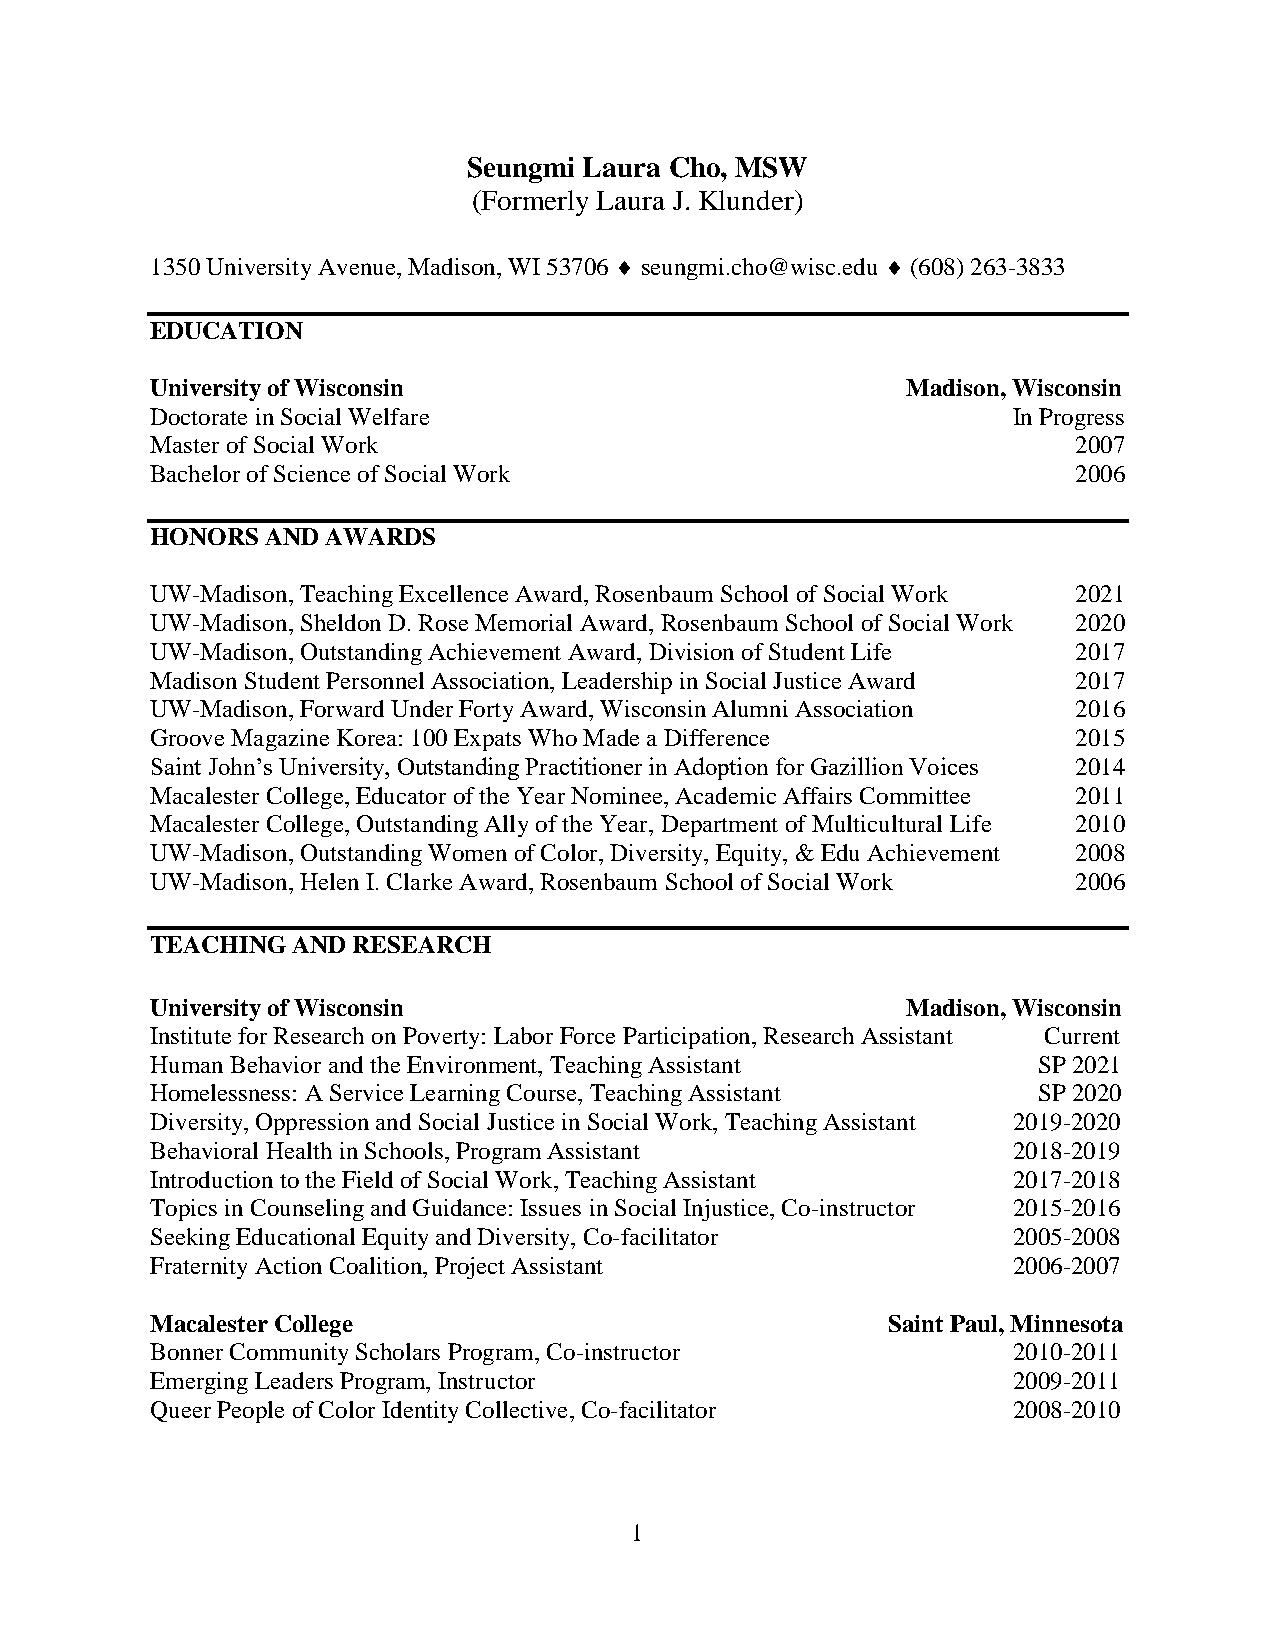
Seungmi Laura Cho, MSW
 (Formerly Laura J. Klunder)
 1350 University Avenue, Madison, WI 53706  seungmi.cho@wisc.edu  (608) 263-3833
 EDUCATION
 University of Wisconsin                           Madison, Wisconsin
 Doctorate in Social Welfare                              In Progress
 Master of Social Work                                        2007
 Bachelor of Science of Social Work                           2006
 HONORS  AND AWARDS
 UW-Madison, Teaching Excellence Award, Rosenbaum School of Social Work 2021
 UW-Madison, Sheldon D. Rose Memorial Award, Rosenbaum School of Social Work 2020
 UW-Madison, Outstanding Achievement Award, Division of Student Life 2017
 Madison Student Personnel Association, Leadership in Social Justice Award 2017
 UW-Madison, Forward Under Forty Award, Wisconsin Alumni Association 2016
 Groove Magazine Korea: 100 Expats Who Made a Difference      2015
 Saint John’s University, Outstanding Practitioner in Adoption for Gazillion Voices 2014
 Macalester College, Educator of the Year Nominee, Academic Affairs Committee 2011
 Macalester College, Outstanding Ally of the Year, Department of Multicultural Life 2010
 UW-Madison, Outstanding Women of Color, Diversity, Equity, & Edu Achievement 2008
 UW-Madison, Helen I. Clarke Award, Rosenbaum School of Social Work 2006
 TEACHING AND RESEARCH
 University of Wisconsin                           Madison, Wisconsin
 Institute for Research on Poverty: Labor Force Participation, Research Assistant Current
 Human Behavior and the Environment, Teaching Assistant     SP 2021
 Homelessness: A Service Learning Course, Teaching Assistant SP 2020
 Diversity, Oppression and Social Justice in Social Work, Teaching Assistant 2019-2020
 Behavioral Health in Schools, Program Assistant          2018-2019
 Introduction to the Field of Social Work, Teaching Assistant 2017-2018
 Topics in Counseling and Guidance: Issues in Social Injustice, Co-instructor 2015-2016
 Seeking Educational Equity and Diversity, Co-facilitator 2005-2008
 Fraternity Action Coalition, Project Assistant           2006-2007
 Macalester College                               Saint Paul, Minnesota
 Bonner Community Scholars Program, Co-instructor         2010-2011
 Emerging Leaders Program, Instructor                     2009-2011
 Queer People of Color Identity Collective, Co-facilitator 2008-2010
 1